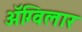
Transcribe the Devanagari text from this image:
अॅग्विलार